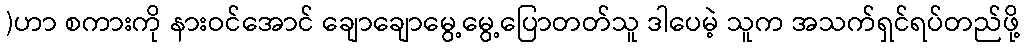
)ဟာ စကားကို နားဝင်အောင် ချောချောမွေ့မွေ့ပြောတတ်သူ ဒါပေမဲ့ သူက အသက်ရှင်ရပ်တည်ဖို့